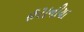
હરાનીયા